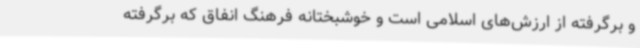
و برگرفته از ارزش‌های اسلامی است و خوشبختانه فرهنگ انفاق که برگرفته